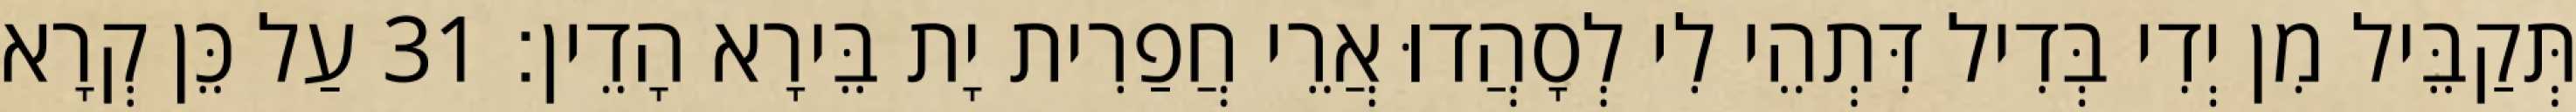
תְּקַבֵּיל מִן יְדִי בְּדִיל דִּתְהֵי לִי לְסָהֲדוּ אֲרֵי חֲפַרִית יָת בֵּירָא הָדֵין׃ 31 עַל כֵּן קְרָא